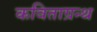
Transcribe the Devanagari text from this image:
कविताग्रन्थ